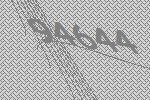
94644